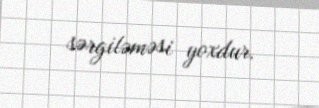
sərgiləməsi yoxdur.